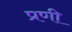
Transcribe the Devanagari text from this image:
प्रणी